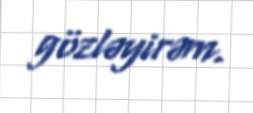
gözləyirəm.